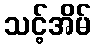
သင့်အိမ်